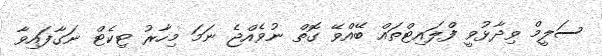
ސަލީމް ވިދާޅުވީ ފްލައިޓްތައް ބޭއްވޭ ގޮތް ނުވެއްޖެ ނަމަ މިހާރު ޓިކެޓް ނަގާފައިވާ